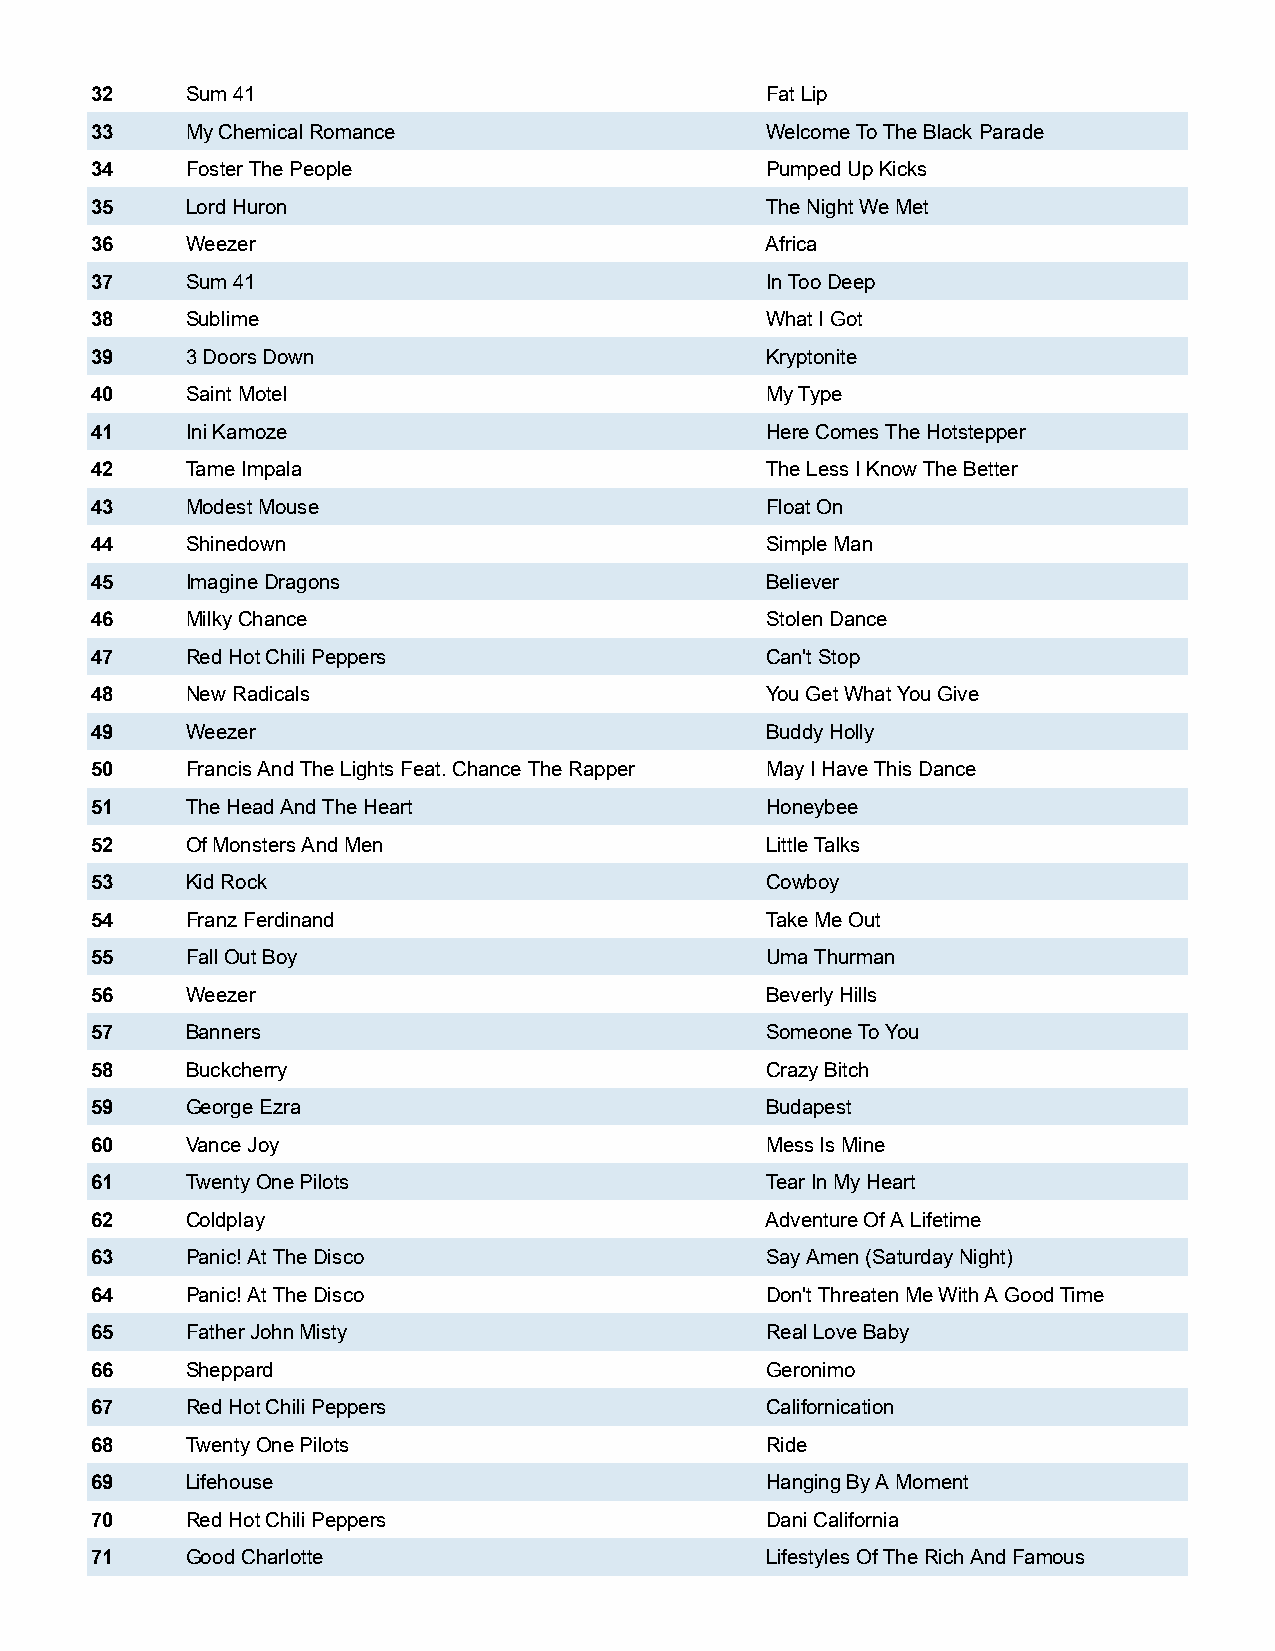
32    Sum 41                                 Fat Lip
 33    My Chemical Romance                    Welcome To The Black Parade
 34    Foster The People                      Pumped Up Kicks
 35    Lord Huron                             The Night We Met
 36    Weezer                                 Africa
 37    Sum 41                                 In Too Deep
 38    Sublime                                What I Got
 39    3 Doors Down                           Kryptonite
 40    Saint Motel                            My Type
 41    Ini Kamoze                             Here Comes The Hotstepper
 42    Tame Impala                            The Less I Know The Better
 43    Modest Mouse                           Float On
 44    Shinedown                              Simple Man
 45    Imagine Dragons                        Believer
 46    Milky Chance                           Stolen Dance
 47    Red Hot Chili Peppers                  Can't Stop
 48    New Radicals                           You Get What You Give
 49    Weezer                                 Buddy Holly
 50    Francis And The Lights Feat. Chance The Rapper May I Have This Dance
 51    The Head And The Heart                 Honeybee
 52    Of Monsters And Men                    Little Talks
 53    Kid Rock                               Cowboy
 54    Franz Ferdinand                        Take Me Out
 55    Fall Out Boy                           Uma Thurman
 56    Weezer                                 Beverly Hills
 57    Banners                                Someone To You
 58    Buckcherry                             Crazy Bitch
 59    George Ezra                            Budapest
 60    Vance Joy                              Mess Is Mine
 61    Twenty One Pilots                      Tear In My Heart
 62    Coldplay                               Adventure Of A Lifetime
 63    Panic! At The Disco                    Say Amen (Saturday Night)
 64    Panic! At The Disco                    Don't Threaten Me With A Good Time
 65    Father John Misty                      Real Love Baby
 66    Sheppard                               Geronimo
 67    Red Hot Chili Peppers                  Californication
 68    Twenty One Pilots                      Ride
 69    Lifehouse                              Hanging By A Moment
 70    Red Hot Chili Peppers                  Dani California
 71    Good Charlotte                         Lifestyles Of The Rich And Famous